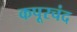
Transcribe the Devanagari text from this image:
कपूरचंद